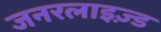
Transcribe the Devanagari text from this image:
जनरलाइज़्ड